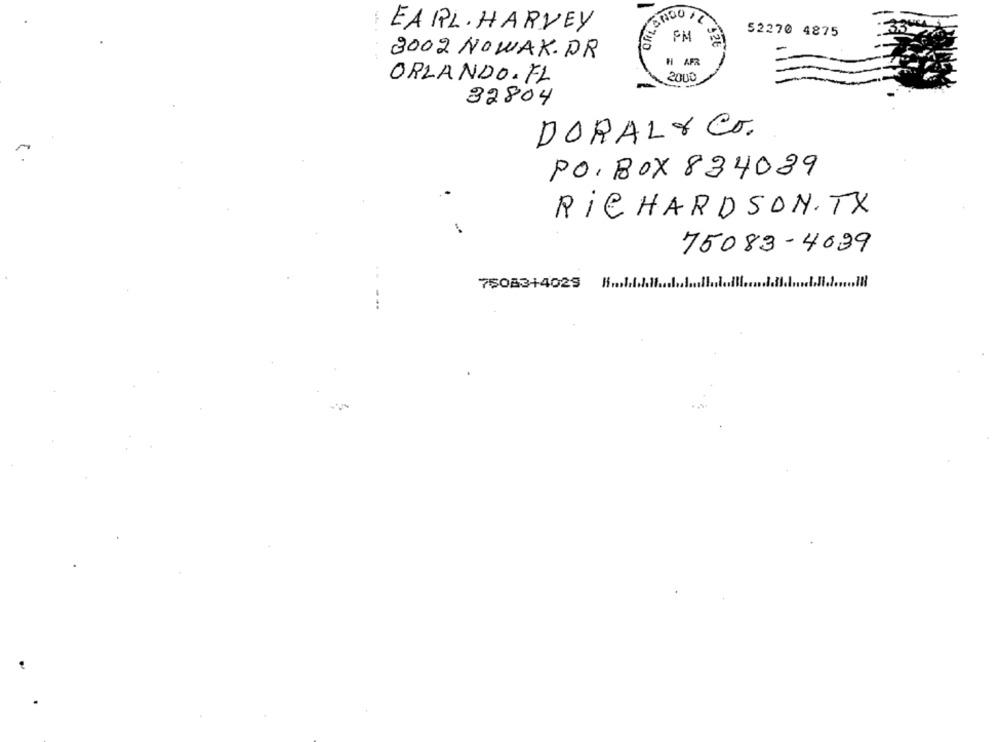
EARL. HARVEY
52270 4875
FM
3002 NOWAK.DR
H AFR
ORLANDO.FL
2000
32804
DORALY CO.
PO, BOX 834039
.
RICHARDSON.TX
75083-4039
75083+4029